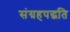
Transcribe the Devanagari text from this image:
संग्रहपद्धति